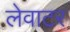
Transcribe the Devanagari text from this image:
लेवाटर